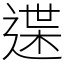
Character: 䢡